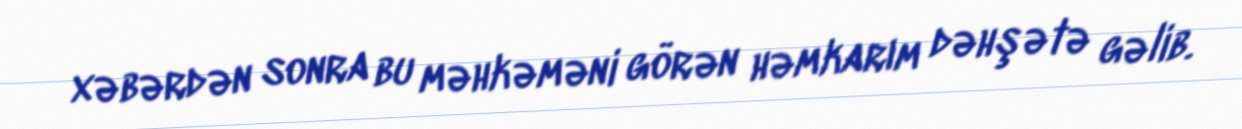
xəbərdən sonra bu məhkəməni görən həmkarım dəhşətə gəlib.